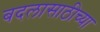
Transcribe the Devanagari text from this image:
बदलासाठीच्या